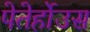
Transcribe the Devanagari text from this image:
पेतेर्होउस